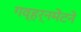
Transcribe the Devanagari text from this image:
गव्हर्नमेंटने